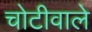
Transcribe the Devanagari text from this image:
चोटीवाले